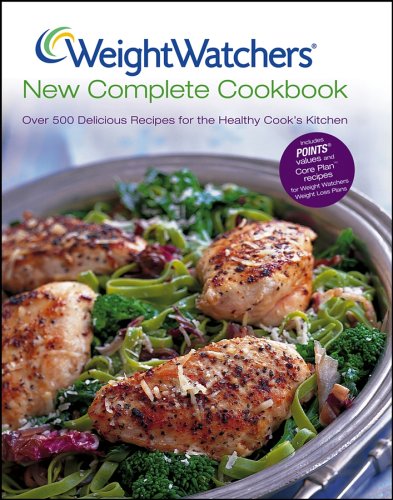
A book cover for Weight Watchers New Complete Cookbook: CUSTOM; Weight Watchers; Health, Fitness & Dieting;